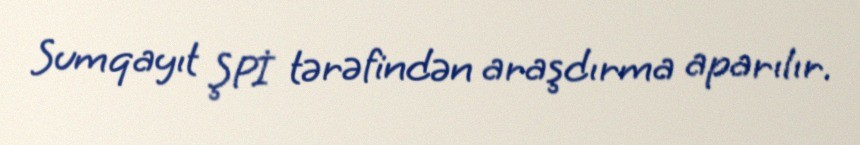
Sumqayıt ŞPİ tərəfindən araşdırma aparılır.